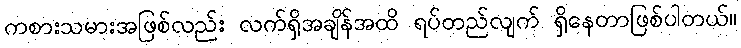
ကစားသမားအဖြစ်လည်း လက်ရှိအချိန်အထိ ရပ်တည်လျက် ရှိနေတာဖြစ်ပါတယ်။